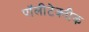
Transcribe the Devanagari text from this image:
पॉलीटेक्नीक